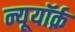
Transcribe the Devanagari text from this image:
न्यूयॉर्क़